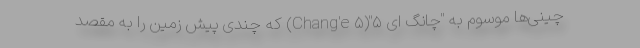
چینی‌ها موسوم به "چانگ ای ۵"(Chang'e ۵) که چندی پیش زمین را به مقصد